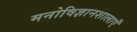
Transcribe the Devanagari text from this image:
मनोविज्ञानशालाएँ